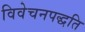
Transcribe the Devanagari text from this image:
विवेचनपद्धति